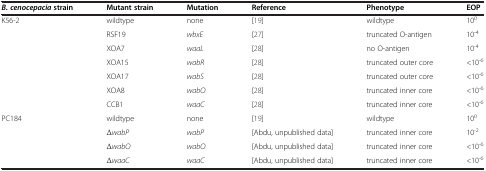
<table><thead><tr><td><b><i>B. cenocepacia </i>strain</b></td><td><b>Mutant strain</b></td><td><b>Mutation</b></td><td><b>Reference</b></td><td><b>Phenotype</b></td><td><b>EOP</b></td></tr></thead><tbody><tr><td rowspan="7">K56-2</td><td>wildtype</td><td>none</td><td>[19]</td><td>wildtype</td><td>10<sup>0</sup></td></tr><tr><td>RSF19</td><td><i>wbxE</i></td><td>[27]</td><td>truncated O-antigen</td><td>10<sup>-4</sup></td></tr><tr><td>XOA7</td><td><i>waaL</i></td><td>[28]</td><td>no O-antigen</td><td>10<sup>-4</sup></td></tr><tr><td>XOA15</td><td><i>wabR</i></td><td>[28]</td><td>truncated outer core</td><td>&lt;10<sup>-6</sup></td></tr><tr><td>XOA17</td><td><i>wabS</i></td><td>[28]</td><td>truncated outer core</td><td>&lt;10<sup>-6</sup></td></tr><tr><td>XOA8</td><td><i>wabO</i></td><td>[28]</td><td>truncated inner core</td><td>&lt;10<sup>-6</sup></td></tr><tr><td>CCB1</td><td><i>waaC</i></td><td>[28]</td><td>truncated inner core</td><td>&lt;10<sup>-6</sup></td></tr><tr><td rowspan="4">PC184</td><td>wildtype</td><td>none</td><td>[19]</td><td>wildtype</td><td>10<sup>0</sup></td></tr><tr><td>Δ<i>wabP</i></td><td><i>wabP</i></td><td>[Abdu, unpublished data]</td><td>truncated inner core</td><td>10<sup>-2</sup></td></tr><tr><td>Δ<i>wabO</i></td><td><i>wabO</i></td><td>[Abdu, unpublished data]</td><td>truncated inner core</td><td>&lt;10<sup>-6</sup></td></tr><tr><td>Δ<i>waaC</i></td><td><i>waaC</i></td><td>[Abdu, unpublished data]</td><td>truncated inner core</td><td>&lt;10<sup>-6</sup></td></tr></tbody></table>